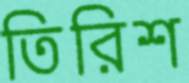
তিরিশ